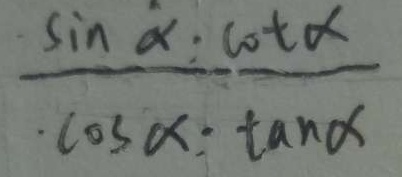
\frac { \sin \alpha : \cot \alpha } { \cos \alpha : \tan \alpha }